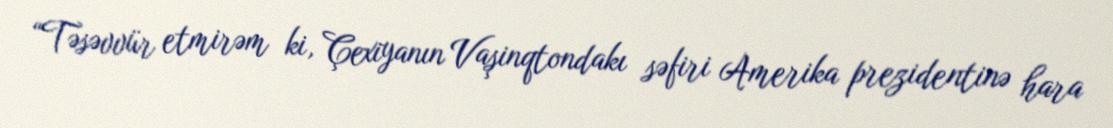
“Təsəvvür etmirəm ki, Çexiyanın Vaşinqtondakı səfiri Amerika prezidentinə hara